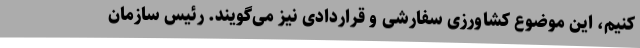
کنیم، این موضوع کشاورزی سفارشی و قراردادی نیز می‌گویند. رئیس سازمان